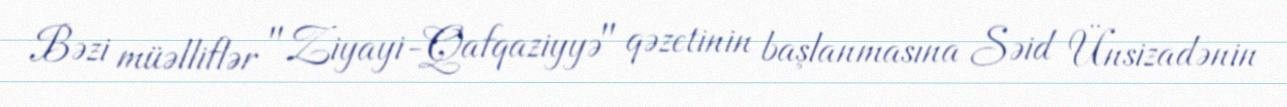
Bəzi müəlliflər "Ziyayi-Qafqaziyyə" qəzetinin başlanmasına Səid Ünsizadənin